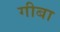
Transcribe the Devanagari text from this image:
गीबा